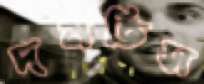
দমতিস